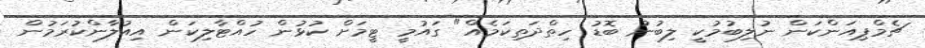
ޗެމްޕިއަންކަން ނުލިބުމުކީ ލިބުނު ބޮޑު ހިތްދަތިކަމެއް" ގައުމީ ޓީމަށް ކުޅުން ހުއްޓާލިކަން އިއުލާންކުރަމުން